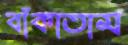
বাঁকাতাম